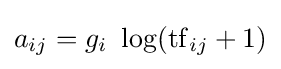
a_{ij}=g_{i}\ \log(\mathrm {tf} _{ij}+1)